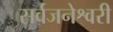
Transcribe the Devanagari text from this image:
सर्वजनेश्वरी